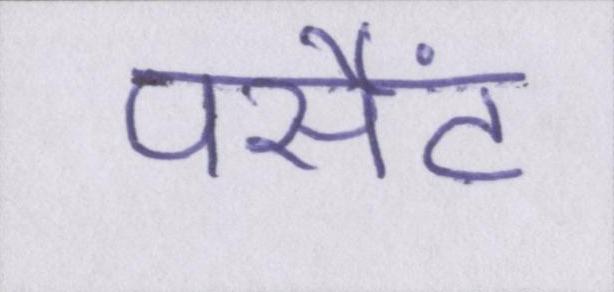
पर्सेंट